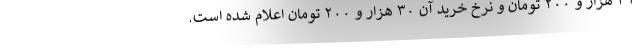
۳۱ هزار و ۲۰۰ تومان و نرخ خرید آن ۳۰ هزار و ۲۰۰ تومان اعلام شده است.